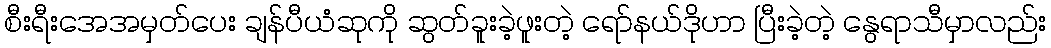
စီးရီးအေအမှတ်ပေး ချန်ပီယံဆုကို ဆွတ်ခူးခဲ့ဖူးတဲ့ ရော်နယ်ဒိုဟာ ပြီးခဲ့တဲ့ နွေရာသီမှာလည်း